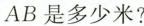
AB是多少米?